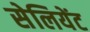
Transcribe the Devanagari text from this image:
सेलियेंट